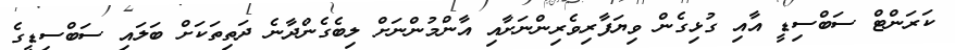
ކަރަންޓް ސަބްސިޑީ އާއި ގުޅިގެން ވިޔަފާރިވެރިންނަށާއި އާންމުންނަށް ލިބެގެންދާނެ ދަތިތަކަށް ބަލައި ސަބްސިޑީގެ